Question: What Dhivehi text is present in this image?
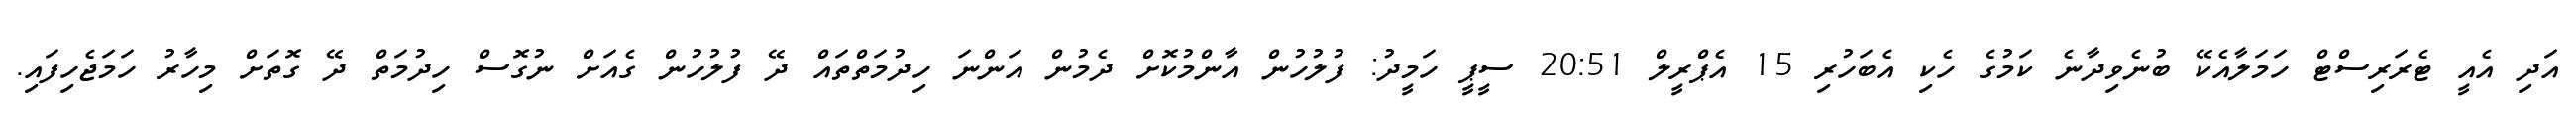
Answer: އަދި އެއީ ޓެރަރިސްޓް ހަމަލާއެކޭ ބުނެވިދާނެ ކަމުގެ ހެކި އެބަހުރި 15 އެޕްރީލް 20:51 ސީޕީ ހަމީދު: ފުލުހުން އާންމުކޮށް ދެމުން އަންނަ ހިދުމަތްތައް ދޭ ފުލުހުން ގެއަށް ނުގޮސް ހިދުމަތް ދޭ ގޮތަށް މިހާރު ހަމަޖެހިފައި.